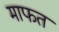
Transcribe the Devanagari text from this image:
माफत